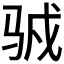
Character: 𱅍